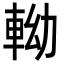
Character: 軪